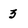
Character: 3